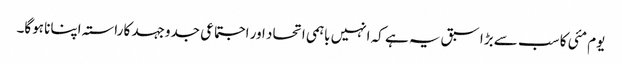
یوم مئی کا سب سے بڑا سبق یہ ہے کہ انہیں باہمی اتحاد اور اجتماعی جدوجہد کا راستہ اپنانا ہوگا۔